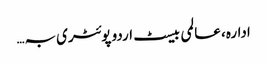
ادارہ، عالمی بیسٹ اردو پوئٹری بہ…